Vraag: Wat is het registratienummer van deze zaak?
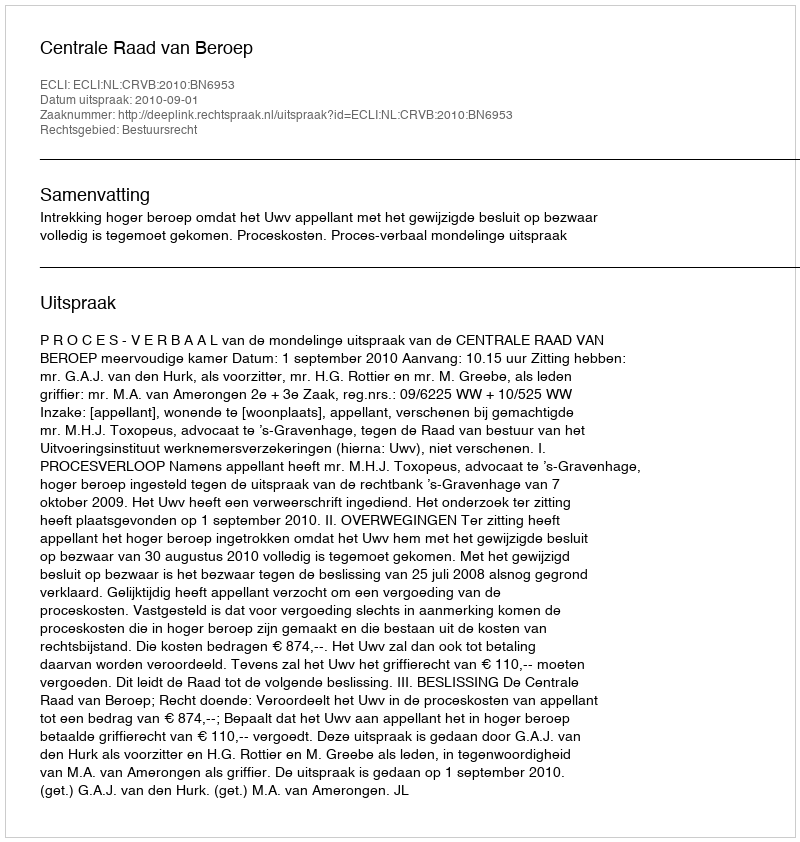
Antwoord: http://deeplink.rechtspraak.nl/uitspraak?id=ECLI:NL:CRVB:2010:BN6953